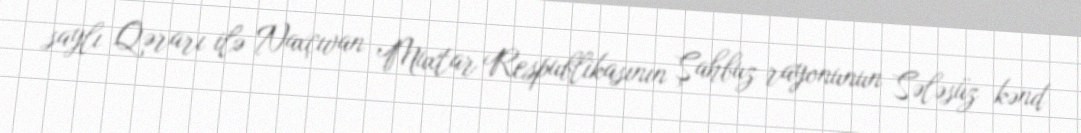
saylı Qərarı ilə Naxçıvan Muxtar Respublikasının Şahbuz rayonunun Sələsüz kənd